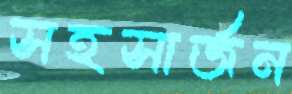
সহসার্জন